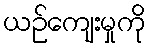
ယဉ်ကျေးမှုကို